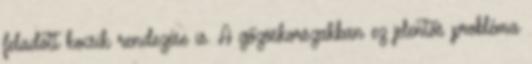
feladott kocsik rendezése is. A gőzöskorszakban ez jelentős probléma